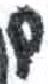
אות: ם